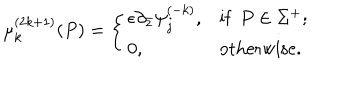
LaTeX: \mu _ { k } ^ { ( 2 k + 1 ) } ( P ) = \left\{ \begin{array} { l l } { { \epsilon \partial _ { \bar { z } } \psi _ { j } ^ { ( - k ) } , } } & { { \mathrm { i f } \; \, P \in \Sigma ^ { + } ; } } \\ { { 0 , } } & { { \mathrm { o t h e r w i s e } . } } \\ \end{array} \right.